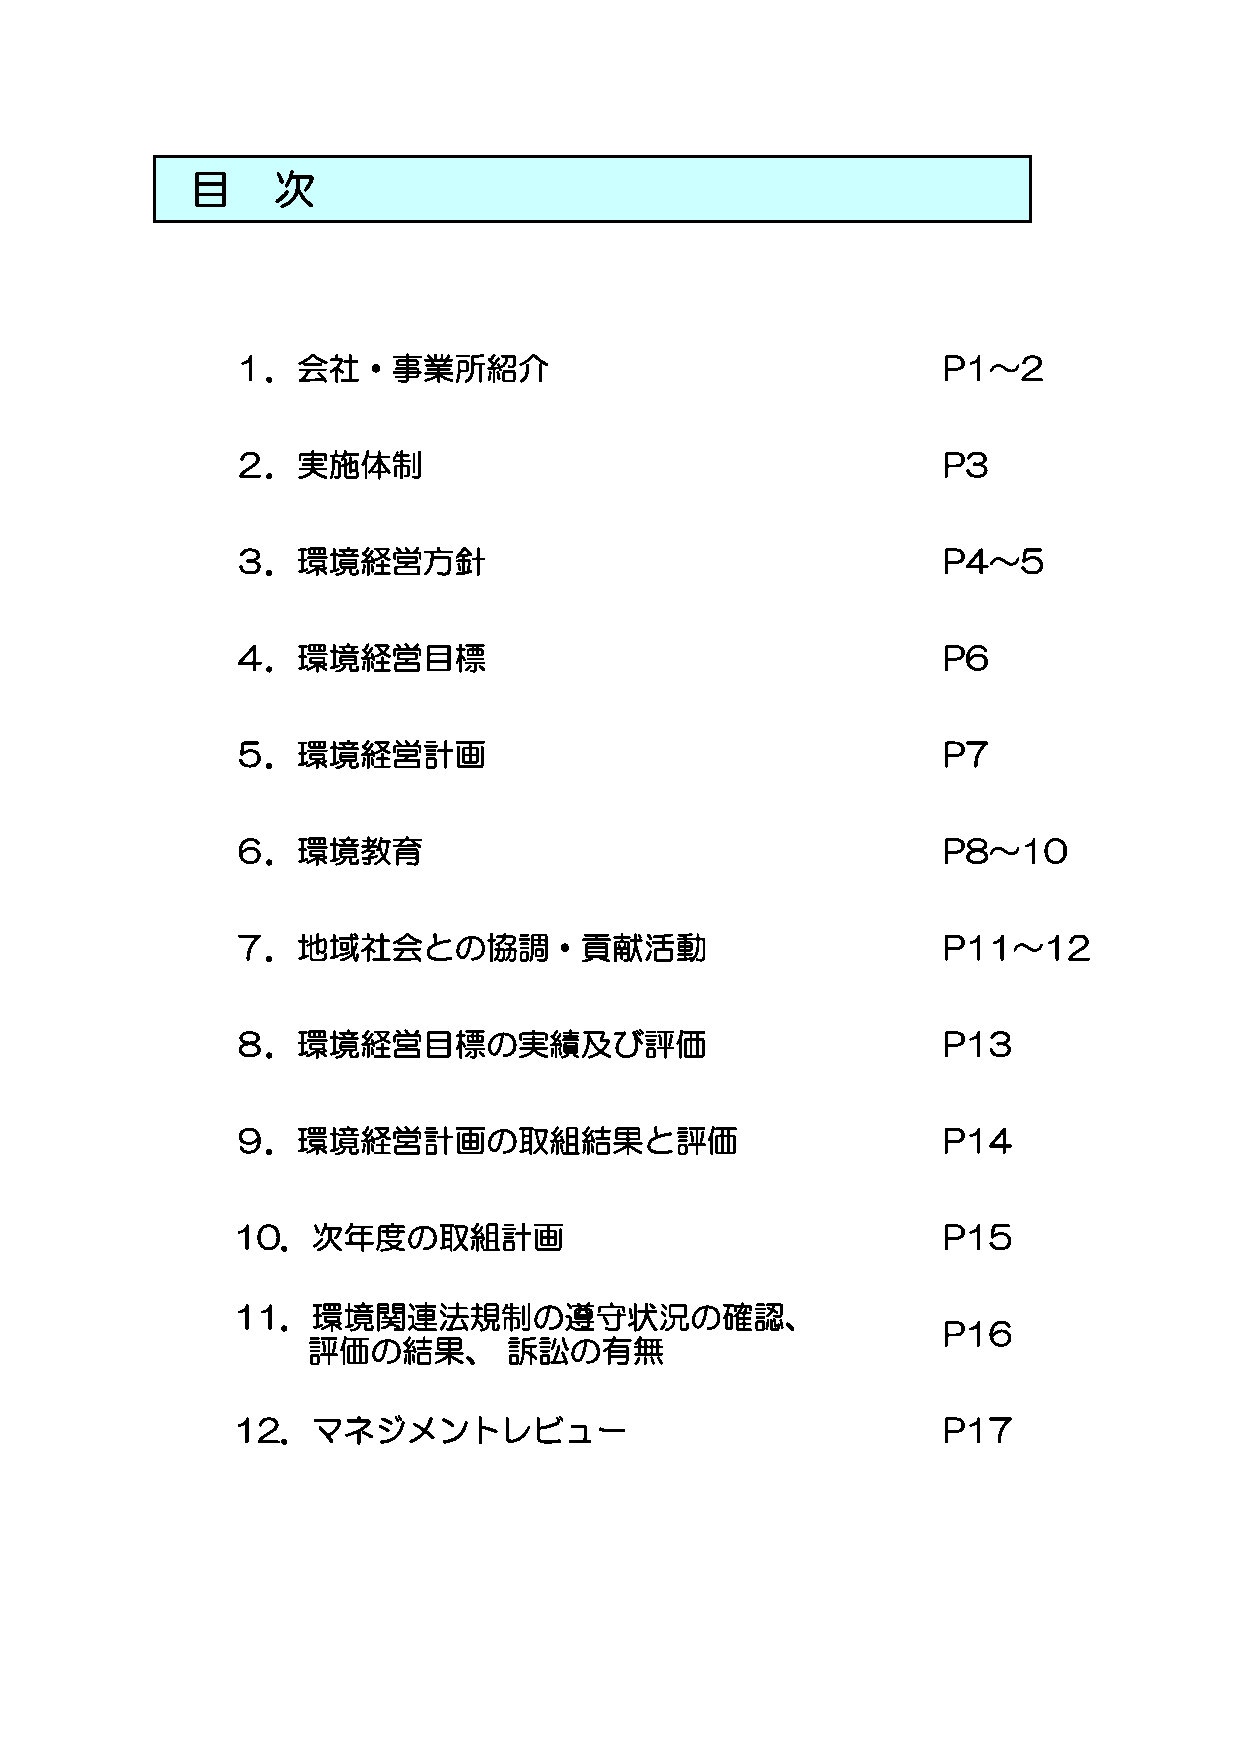
目    次
 １．会社・事業所紹介                                     P1～2
 ２．実施体制                                         P3
 ３．環境経営方針                                       P4～5
 ４．環境経営目標                                       P6
 ５．環境経営計画                                       P7
 ６．環境教育                                         P8～10
 ７．地域社会との協調・貢献活動                                P11～12
 ８．環境経営目標の実績及び評価                                P13
 ９．環境経営計画の取組結果と評価                               P14
 10．次年度の取組計画                                    P15
 11．環境関連法規制の遵守状況の確認、
 P16
 評価の結果、        訴訟の有無
 12．マネジメントレビュー                                  P17